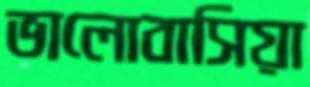
ভালোবাসিয়া